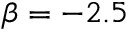
\beta = - 2 . 5